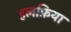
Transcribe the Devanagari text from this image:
हलफ़िया